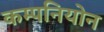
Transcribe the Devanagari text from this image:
कम्पनियोन